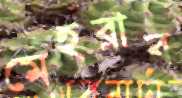
মেহরাব